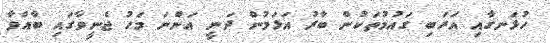
ހުޅަނގާއި އަރަބި ގައުމުތަކުން ބާރު އަޅަމުން ދަނީ އަންނަ މަހު ޖެނީވާގައި ބާއްވާ